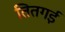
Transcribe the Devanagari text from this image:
तितगई